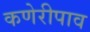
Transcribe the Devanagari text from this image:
कणेरीपाव